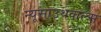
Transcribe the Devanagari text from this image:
न्यूसाउथवाल्स